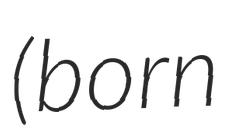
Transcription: (born